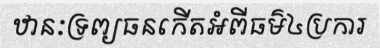
ឋានៈទ្រព្យធនកើតអំពីធម៌៤ប្រការ